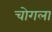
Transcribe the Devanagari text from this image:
चोगला